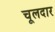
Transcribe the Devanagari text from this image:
चूलदार